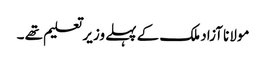
مولانا آزاد ملک کے پہلے وزیر تعلیم تھے ۔